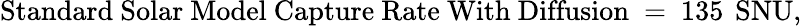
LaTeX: \mathrm{Standard~Solar~Model~Capture~Rate~With~Diffusion~=~135~\, SNU},